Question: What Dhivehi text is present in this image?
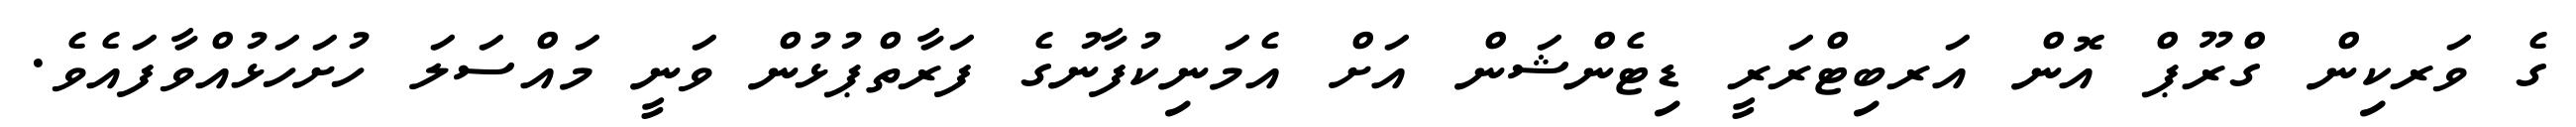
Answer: ގެ ވަރކިން ގްރޫޕް އޮން އަރބިޓްރަރީ ޑިޓެންޝަން އަށް އެމަނިކުފާނުގެ ފަރާތްޕުޅުން ވަނީ މައްސަލަ ހުށަހަޅުއްވާފައެވެ.